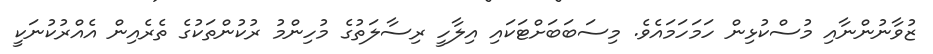
ޒުވާނުންނާއި މުސްކުޅިން ހަމަހަމައެވެ. މިސަބަބަށްޓަކައި އިލާހީ ރިސާލަތުގެ މުހިންމު ރުކުންތަކުގެ ތެރެއިން އެއްރުކުނަކީ